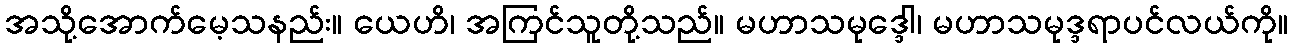
အသို့အောက်မေ့သနည်း။ ယေဟိ၊ အကြင်သူတို့သည်။ မဟာသမုဒ္ဒေါ၊ မဟာသမုဒ္ဒရာပင်လယ်ကို။